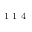
^ \textrm { \scriptsize 1 1 4 }